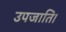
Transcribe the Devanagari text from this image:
उपजाति।